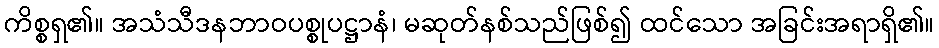
ကိစ္စရှ၏။ အသံသီဒနဘာဝပစ္စုပဋ္ဌာနံ၊ မဆုတ်နစ်သည်ဖြစ်၍ ထင်သော အခြင်းအရာရှိ၏။